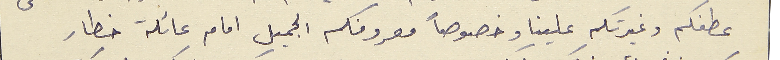
عطفكم وغيرتكم علينا وخصوصاً معروفكم الجميل امام عائلة خطار